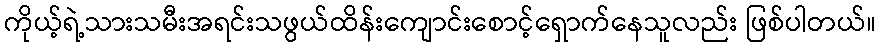
ကိုယ့်ရဲ့သားသမီးအရင်းသဖွယ်ထိန်းကျောင်းစောင့်ရှောက်နေသူလည်း ဖြစ်ပါတယ်။